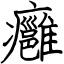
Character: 癰